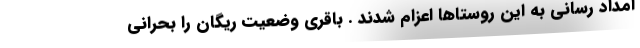
امداد رسانی به این روستاها اعزام شدند . باقری وضعیت ریگان را بحرانی